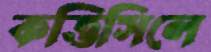
কত্তিসিলে